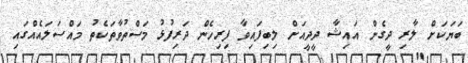
ބަޔަކަށް ލާރި ދީގެން އައިޝާ ދީދީއަށް ލިބިފައިވާ ފިރިހެން ދަރިފުޅު މަސްތުވާތަކެތު މައްސަލައެއްގައި